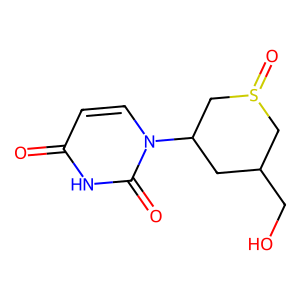
SMILES: O=c1ccn(C2CC(CO)CS(=O)C2)c(=O)[nH]1
Inhibits HIV replication: No